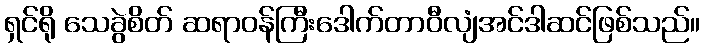
ရှင်ရို သေခွဲစိတ် ဆရာဝန်ကြီးဒေါက်တာဝီလျံအင်ဒါဆင်ဖြစ်သည်။